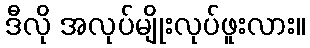
ဒီလို အလုပ်မျိုးလုပ်ဖူးလား။